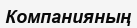
Компанияның